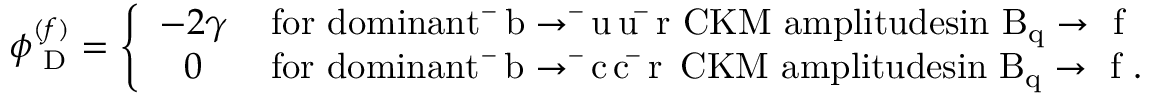
\phi _ { \mathrm { { \scriptsize ~ D } } } ^ { ( f ) } = \left\{ \begin{array} { c c } { { - 2 \gamma } } & { { \mathrm { f o r ~ d o m i n a n t ~ \bar { ~ } b \to \bar { ~ } u \, u \, \bar { ~ } r ~ C K M ~ a m p l i t u d e s i n ~ B _ { q } \to ~ f ~ } } } \\ { { 0 } } & { { \, \mathrm { f o r ~ d o m i n a n t ~ \bar { ~ } b \to \bar { ~ } c \, c \, \bar { ~ } r \, ~ C K M ~ a m p l i t u d e s i n ~ B _ { q } \to ~ f ~ . } } } \end{array} \right.